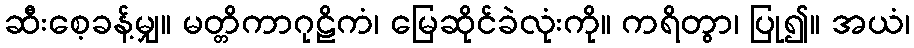
ဆီးစေ့ခန့်မျှ။ မတ္တိကာဂုဠိကံ၊ မြေဆိုင်ခဲလုံးကို။ ကရိတွာ၊ ပြု၍။ အယံ၊